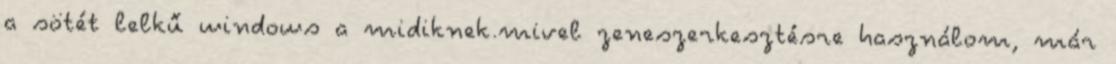
a sötét lelkű windows a midiknek.mivel zeneszerkesztésre használom, már